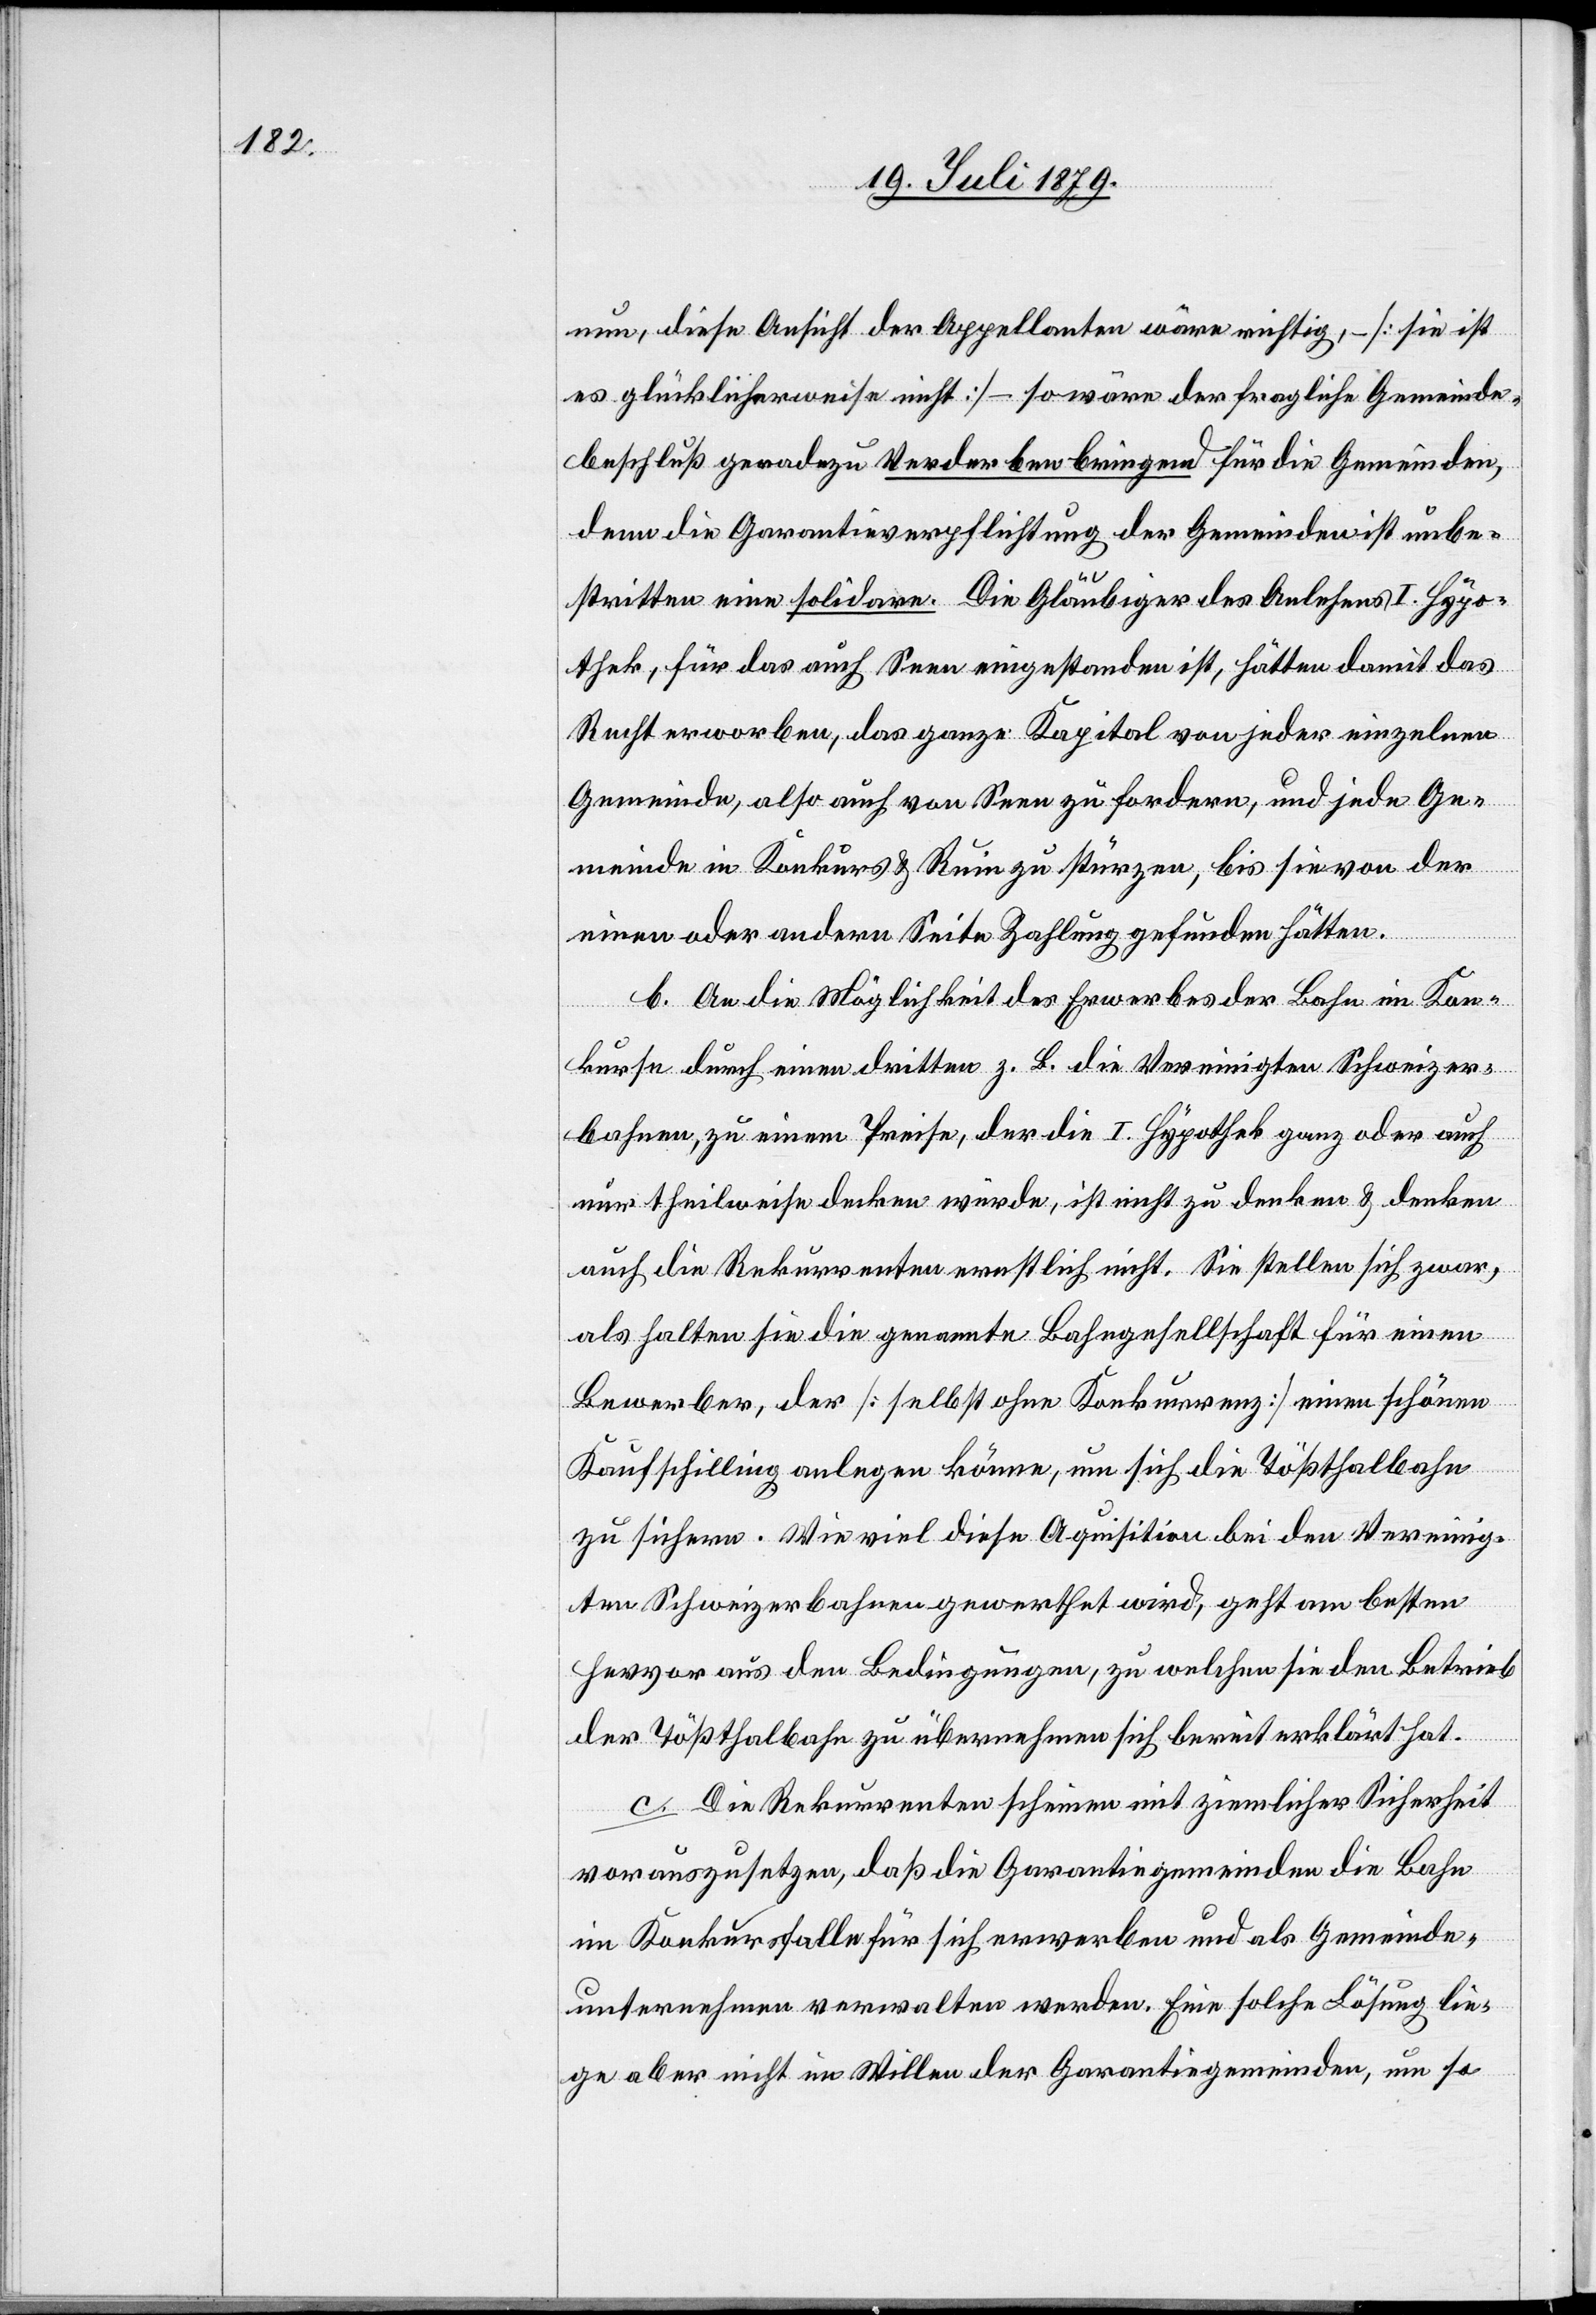
nun, diese Ansicht der Appellanten wäre richtig, – [sie ist
es glücklicherweise nicht] – so wäre der fragliche Gemeinde¬
beschluß geradezu Verderben bringend für die Gemeinden,
denn die Garantieverpflichtung der Gemeinden ist unbe¬
stritten eine solidare. Die Gläubiger des Anlehens I. Hypo¬
thek, für das auch Seen eingestanden ist, hätten damit das
Recht erworben, das ganze Kapital von jeder einzelnen
Gemeinde, also auch von Seen zu fordern, und jede Ge¬
meinde in Konkurs & Ruin zu stürzen, bis sie von der
einen oder andern Seite Zahlung gefunden hätten.
b. An die Möglichkeit des Erwerbes der Bahn im Kon¬
kurse durch einen dritten z. B. die Vereinigten Schweizer¬
bahnen, zu einem Preise, der die I. Hypothek ganz oder auch
nur theilweise decken würde, ist nicht zu denken & denken
auch die Rekurrenten ernstlich nicht. Sie stellen sich zwar,
als halten sie die genannte Bahngesellschaft für einen
Bewerber, der [selbst ohne Konkurrenz] einen schönen
Kaufschilling anlegen könne, um sich die Tößthalbahn
zu sichern. Wie viel diese Aquisition bei den Vereinig¬
ten Schweizerbahnen gewerthet wird, geht am besten
hervor aus den Bedingungen, zu welchen sie den Betrieb
der Tößthalbahn zu übernehmen sich bereit erklärt hat.
c. Die Rekurrenten scheinen mit ziemlicher Sicherheit
vorauszusetzen, daß die Garantiegemeinden die Bahn
im Konkursfalle für sich erwerben und als Gemeinde¬
unternehmen verwalten werden. Eine solche Lösung lie¬
ge aber nicht im Willen der Garantiegemeinden, um so